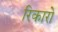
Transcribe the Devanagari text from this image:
रिकारो